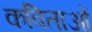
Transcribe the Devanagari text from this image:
कविताओंं